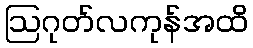
ဩဂုတ်လကုန်အထိ